Vaccination in Bombay 1869-1873 - 1869-1873
Year: 1869
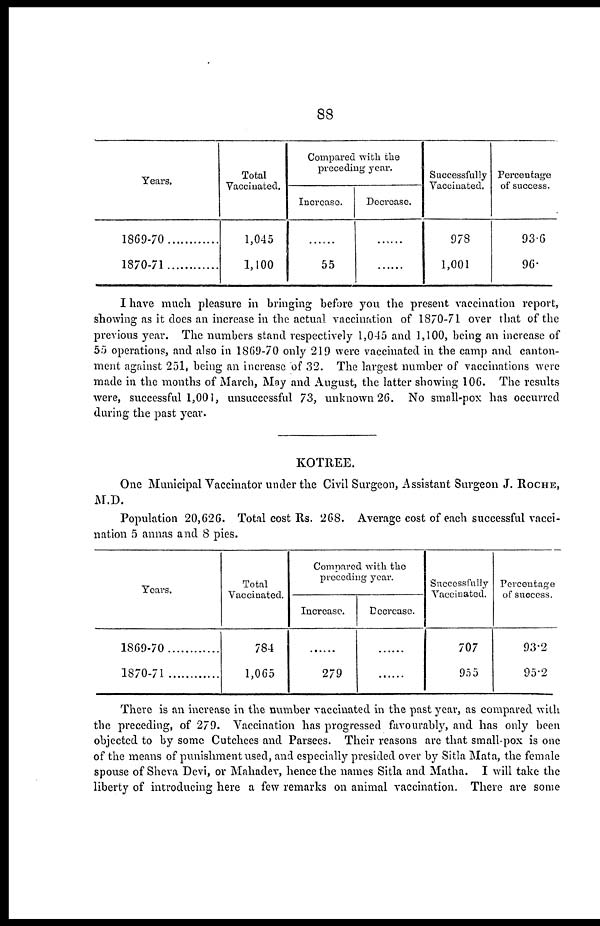
88
Years.
1869-70
1870-71
Total
Vaccinated.
1,045
1,100
Compared with the
preceding year.
Increase.
......
55
Decrease.
......
......
Successfully
Vaccinated.
978
1,001
Percentage
of success.
93.6
96.
I have much pleasure in bringing before you the present vaccination report,
showing as it does an increase in the actual vaccination of 1870-71 over that of the
previous year. The numbers stand respectively 1,045 and 1,100, being an increase of
55 operations, and also in 1869-70 only 219 were vaccinated in the camp and canton-
ment against 251, being an increase of 32. The largest number of vaccinations were
made in the months of March, May and August, the latter showing 106. The results
were, successful 1,001, unsuccessful 73, unknown 26. No small-pox has occurred
during the past year.
KOTREE.
One Municipal Vaccinator under the Civil Surgeon, Assistant Surgeon J. ROCHE,
M.D.
Population 20,626. Total cost Rs. 268. Average cost of each successful vacci-
nation 5 annas and 8 pies.
Years.
1869-70
1870-71
Total
Vaccinated.
784
1,065
Compared with the
preceding year.
Increase.
......
279
Decrease.
......
......
Successfully
Vaccinated.
707
955
Percentage
of success.
93.2
95.2
There is an increase in the number vaccinated in the past year, as compared with
the preceding, of 279. Vaccination has progressed favourably, and has only been
objected to by some Cutchees and Parsees. Their reasons are that small-pox is one
of the means of punishment used, and especially presided over by Sitla Mata, the female
spouse of Sheva Devi, or Mahadev, hence the names Sitla and Matha. I will take the
liberty of introducing here a few remarks on animal vaccination. There are some